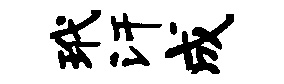
玳汗成